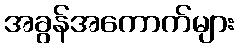
အခွန်အကောက်များ